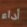
أداء